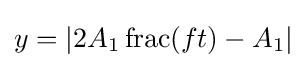
y=\left|2A_{1}\operatorname {frac} (ft)-A_{1}\right|